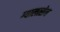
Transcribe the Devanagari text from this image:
ग्यालत्सेन